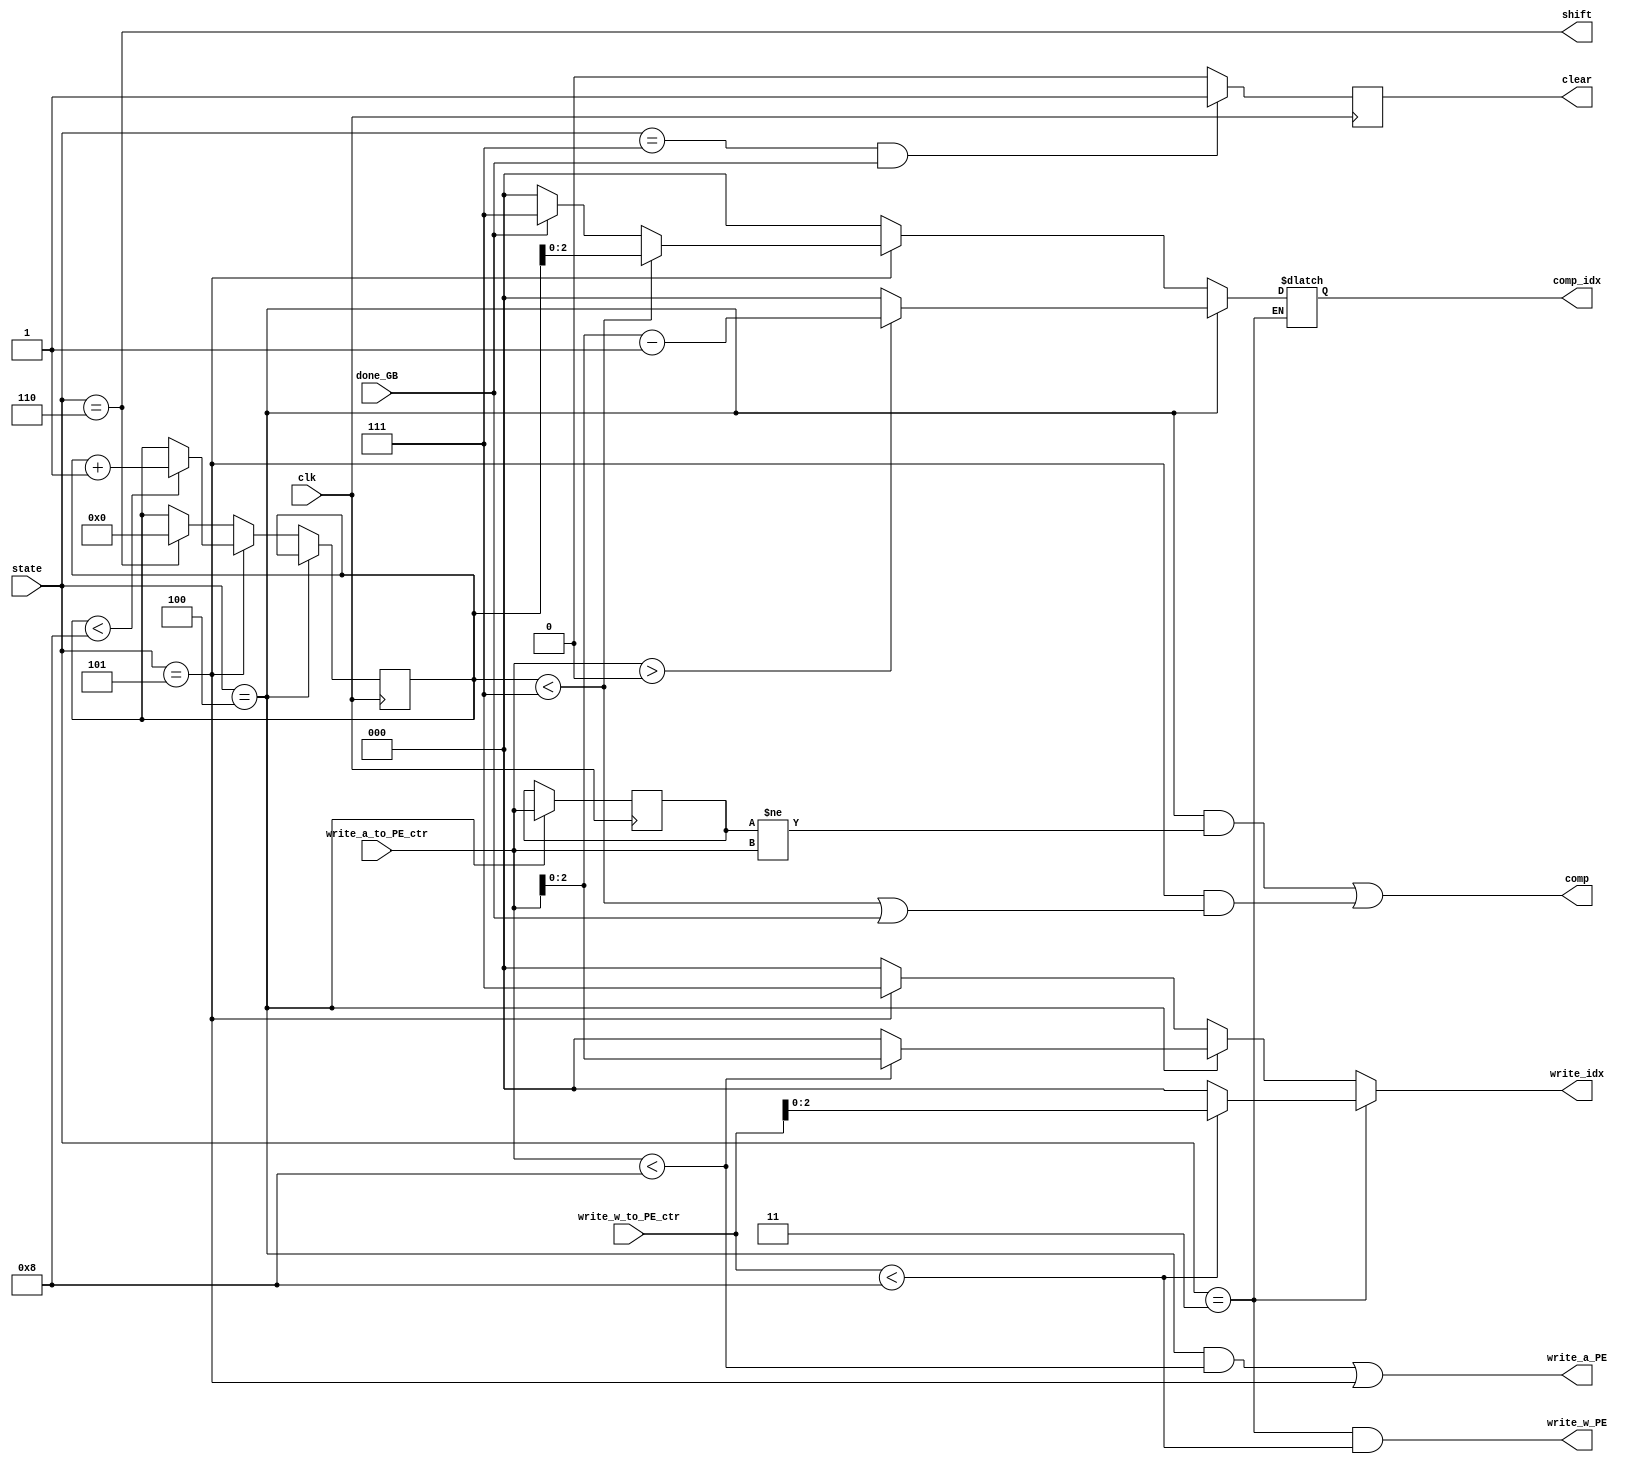
`timescale 1ns / 1ps
//////////////////////////////////////////////////////////////////////////////////
// Company: 
// Engineer: 
// 
// Design Name: 
// Module Name: PE_controller
// Project Name: 
// Target Devices: 
// Tool Versions: 
// Description: 
// 
// Dependencies: 
// 
// Revision:
// Revision 0.01 - File Created
// Additional Comments:
// 
//////////////////////////////////////////////////////////////////////////////////


module PE_controller(
    input clk,
    input wire [3:0]write_w_to_PE_ctr,      // Write weights counter from controller
    input wire [3:0]write_a_to_PE_ctr,      // Write acts counter from controller
    input wire [2:0]state,                  // Current state
    input wire done_GB,                     // Read / Write done signal of GB
    output wire write_w_PE,                 // Wrrite weight enable for PE
    output wire write_a_PE,                 // Write act enable for PE
    output wire shift,                      // Shift signal for PE
    output wire comp,                       // Compute signal for PE
    output reg clear,                       // Clear signal for PE
    output reg [2:0]write_idx,              // Write index of weight / act registers in PE
    output reg [2:0]comp_idx                // Compute index of weight / act registers in PE
    );
    
    reg [3:0]ctr;       // Counter for state 4
    reg [3:0]last_ctr;  // To differentiate the change of write_a_to_PE_ctr
    
    // Combinational signals
    assign write_w_PE = (state == 3 && write_w_to_PE_ctr < 8);                          // Wrrite weight enable for PE
    assign write_a_PE = ((state == 4 && write_a_to_PE_ctr < 8) || (state == 5));        // Write act enable for PE
    assign shift = (state == 6);                                                        // Shift signal for PE
    assign comp = ((state == 4 && last_ctr != write_a_to_PE_ctr) || (state == 5 && (ctr < 7 || done_GB)));  // Compute signal for PE
      
    // Initialize
    initial begin
        ctr = 0;
        last_ctr = 0;
    end
    
    // Write index & Compute index (combinational)
    always@(*)begin
        if(state == 3) begin
            if(write_w_to_PE_ctr < 8) begin
                write_idx = write_w_to_PE_ctr;
            end
            else begin
                write_idx = 0;
            end
        end
        else if(state == 4) begin
            if(write_a_to_PE_ctr > 0) begin
                comp_idx = write_a_to_PE_ctr - 1;
            end
            else begin
                comp_idx = 0;
            end
            if(write_a_to_PE_ctr < 8) begin
                write_idx = write_a_to_PE_ctr;
            end
            else begin
                write_idx = 0;
            end
        end
        else if(state == 5) begin
            write_idx = 7;
            if(ctr < 7) begin
                comp_idx = ctr;
            end
            else if(done_GB) begin
                comp_idx = 7;
            end
            else begin
                comp_idx = 0;
            end
        end
        else begin
            write_idx = 0;
            comp_idx = 0;
        end
    end
    
    // Counters
    always@(posedge clk)begin
        if(state == 4)begin
            last_ctr <= write_a_to_PE_ctr;      
        end
        else if(state == 5)begin
            if(ctr < 8)begin
                ctr <= ctr +1;
            end
        end
        else if(state == 6)begin
            ctr <= 0;
        end
        if(state == 7 && done_GB)begin
            clear <= 1;
        end
        else begin
            clear <= 0;
        end
    end
    
endmodule